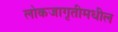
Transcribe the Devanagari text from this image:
लोकजागृतीमधील